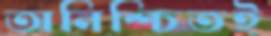
অনিশ্চিতই